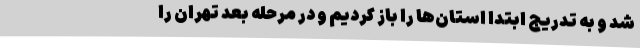
شد و به تدریج ابتدا استان‌ها را باز کردیم و در مرحله بعد تهران را